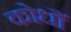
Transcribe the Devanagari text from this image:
कोधौं